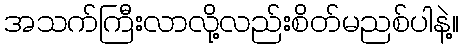
အသက်ကြီးလာလို့လည်းစိတ်မညစ်ပါနဲ့။